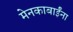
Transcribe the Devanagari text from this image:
मेनकाबाईंना